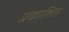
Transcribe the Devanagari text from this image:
प्रका्शित